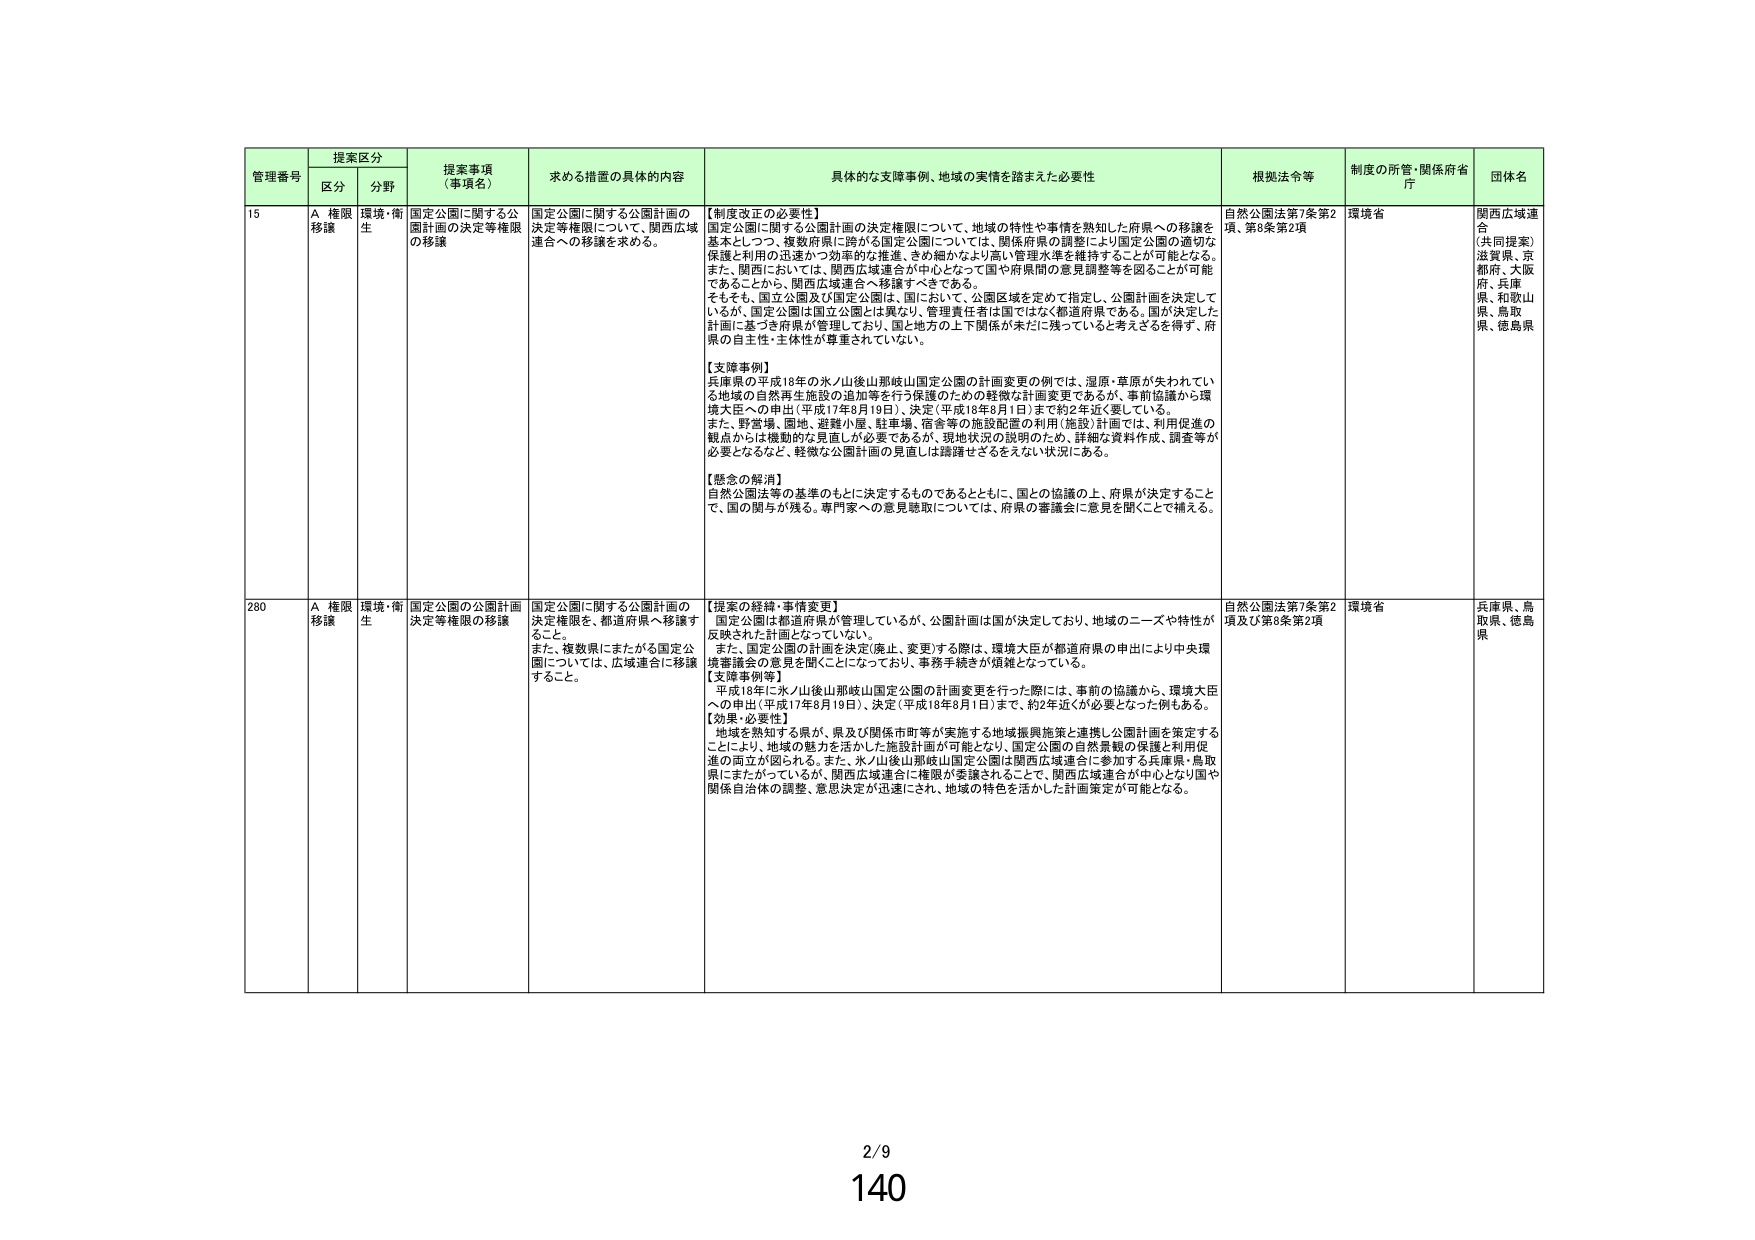
管理番号 提案区分 提案事項（事項名） 求める措置の具体的内容 具体的な支援事例、地域の実情を踏まえた必要性 根拠法令等 制度の所管・関係府省庁 団体名
区分 分野
15 A 権限移譲 環境・衛生 国定公園に関する公園計画の決定等権限の移譲 国定公園に関する公園計画の決定等権限について、関西広域連合への移譲を求める。 【制度改正の必要性】
国定公園に関する公園計画の決定権限について、地域の特性や事情を熟知した府県への移譲を基本としつつ、複数府県に跨がる国定公園については、関係府県の調整により国定公園の適切な保護と利用の迅速かつ効率的な推進、きめ細かなより高い管理水準を維持することが可能となる。また、関西においては、関西広域連合が中心となって国や府県間の意見調整等を図ることが可能であることから、関西広域連合へ移譲すべきである。
そもそも、国定公園及び国定公園は、国において、公園区域を定めて指定し、公園計画を決定しているが、国定公園は国立公園とは異なり、管理責任者は国ではなく都道府県である。国が決定した計画に基づき府県が管理しており、国と地方の上下関係がまだに残っていると考えざるを得ず、府県の自主性・主体性が尊重されていない。
【支援事例】
兵庫県の平成18年の氷ノ山後山那岐山国定公園の計画変更の例では、湿原・草原が失われている地域の自然再生施設の追加等を行う保護のための軽微な計画変更であるが、事前協議から環境大臣への申出（平成17年8月19日）、決定（平成18年8月1日）まで約2年近く要している。
また、野営場、園地、避難小屋、駐車場、宿舎等の施設配置の利用（施設）計画では、利用促進の観点からは機動的な見直しが必要であるが、現地状況の説明のため、詳細な資料作成、調査等が必要となるなど、軽微な公園計画の見直しは躊躇せざるをえない状況にある。
【懸念の解消】
自然公園法等の基準のもとに決定するものであるとともに、国との協議の上、府県が決定することで、国の関与が残る。専門家への意見聴取については、府県の審議会に意見を聞くことで補える。
自然公園法第7条第2項、第8条第2項 環境省 関西広域連合（共同提案）滋賀県、京都府、大阪府、兵庫県、和歌山県、鳥取県、徳島県
280 A 権限移譲 環境・衛生 国定公園の公園計画決定等権限の移譲 国定公園に関する公園計画の決定権限を、都道府県へ移譲すること。
また、複数県にまたがる国定公園については、広域連合に移譲すること。 【提案の経緯・事情変更】
国定公園は都道府県が管理しているが、公園計画は国が決定しており、地域のニーズや特性が反映された計画となっていない。
また、国定公園の計画を決定（廃止、変更）する際は、環境大臣が都道府県の申出により中央環境審議会の意見を聞くことになっており、事務手続きが煩雑となっている。
【支援事例等】
平成18年に氷ノ山後山那岐山国定公園の計画変更を行った際には、事前の協議から、環境大臣への申出（平成17年8月19日）、決定（平成18年8月1日）まで、約2年近くが必要となった例もある。
【効果・必要性】
地域を熟知する県が、県及び関係市町等が実施する地域振興施策と連携し公園計画を策定することにより、地域の魅力を活かした施設計画が可能となり、国定公園の自然景観の保護と利用促進の両立が図られる。また、氷ノ山後山那岐山国定公園は関西広域連合に参加する兵庫県、鳥取県にまたがっているが、関西広域連合に権限が委譲されることで、関西広域連合が中心となり国や関係自治体の調整、意思決定が迅速にされ、地域の特色を活かした計画策定が可能となる。
自然公園法第7条第2項及び第8条第2項 環境省 兵庫県、鳥取県、徳島県
2/9
140